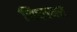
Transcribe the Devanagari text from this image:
चित्तावर